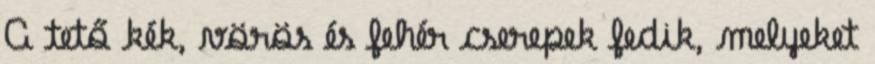
A tető kék, vörös és fehér cserepek fedik, melyeket